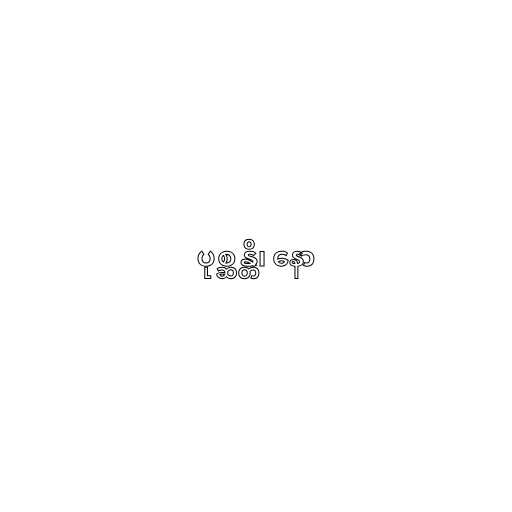
ပုစ္ဆန္တိ၊ နော